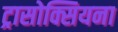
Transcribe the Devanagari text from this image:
ट्रासोक्सियना